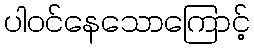
ပါဝင်နေသောကြောင့်